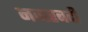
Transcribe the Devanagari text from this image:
नजरबदी